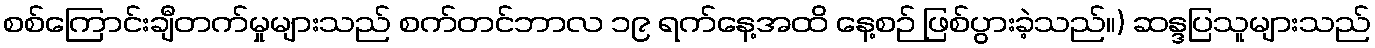
စစ်ကြောင်းချီတက်မှုများသည် စက်တင်ဘာလ ၁၉ ရက်နေ့အထိ နေ့စဉ် ဖြစ်ပွားခဲ့သည်။) ဆန္ဒပြသူများသည်